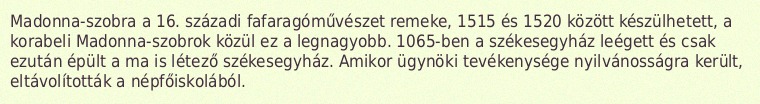
Madonna-szobra a 16. századi fafaragóművészet remeke, 1515 és 1520 között készülhetett, a korabeli Madonna-szobrok közül ez a legnagyobb. 1065-ben a székesegyház leégett és csak ezután épült a ma is létező székesegyház. Amikor ügynöki tevékenysége nyilvánosságra került, eltávolították a népfőiskolából.